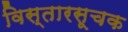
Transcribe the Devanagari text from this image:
विस्तारसूचक